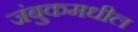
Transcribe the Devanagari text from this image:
जंबुकमधील